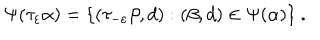
LaTeX: \Psi ( \tau _ { \varepsilon } \alpha ) = \{ ( \tau _ { - \varepsilon } \beta , d ) : ( \beta , d ) \in \Psi ( \alpha ) \} \ .